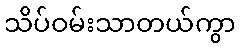
သိပ်ဝမ်းသာတယ်ကွာ